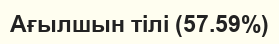
Ағылшын тілі (57.59%)